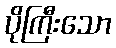
ပိုကြီးသော